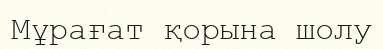
Мұрағат қорына шолу